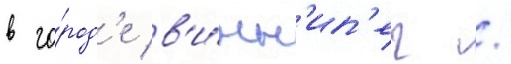
в го́род'е в'и́нн'ип'ег /